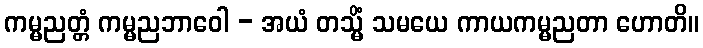
ကမ္မညတ္တံ ကမ္မညဘာဝေါ - အယံ တသ္မိံ သမယေ ကာယကမ္မညတာ ဟောတိ။